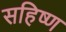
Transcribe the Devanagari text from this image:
सहिष्ण